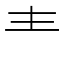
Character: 龶